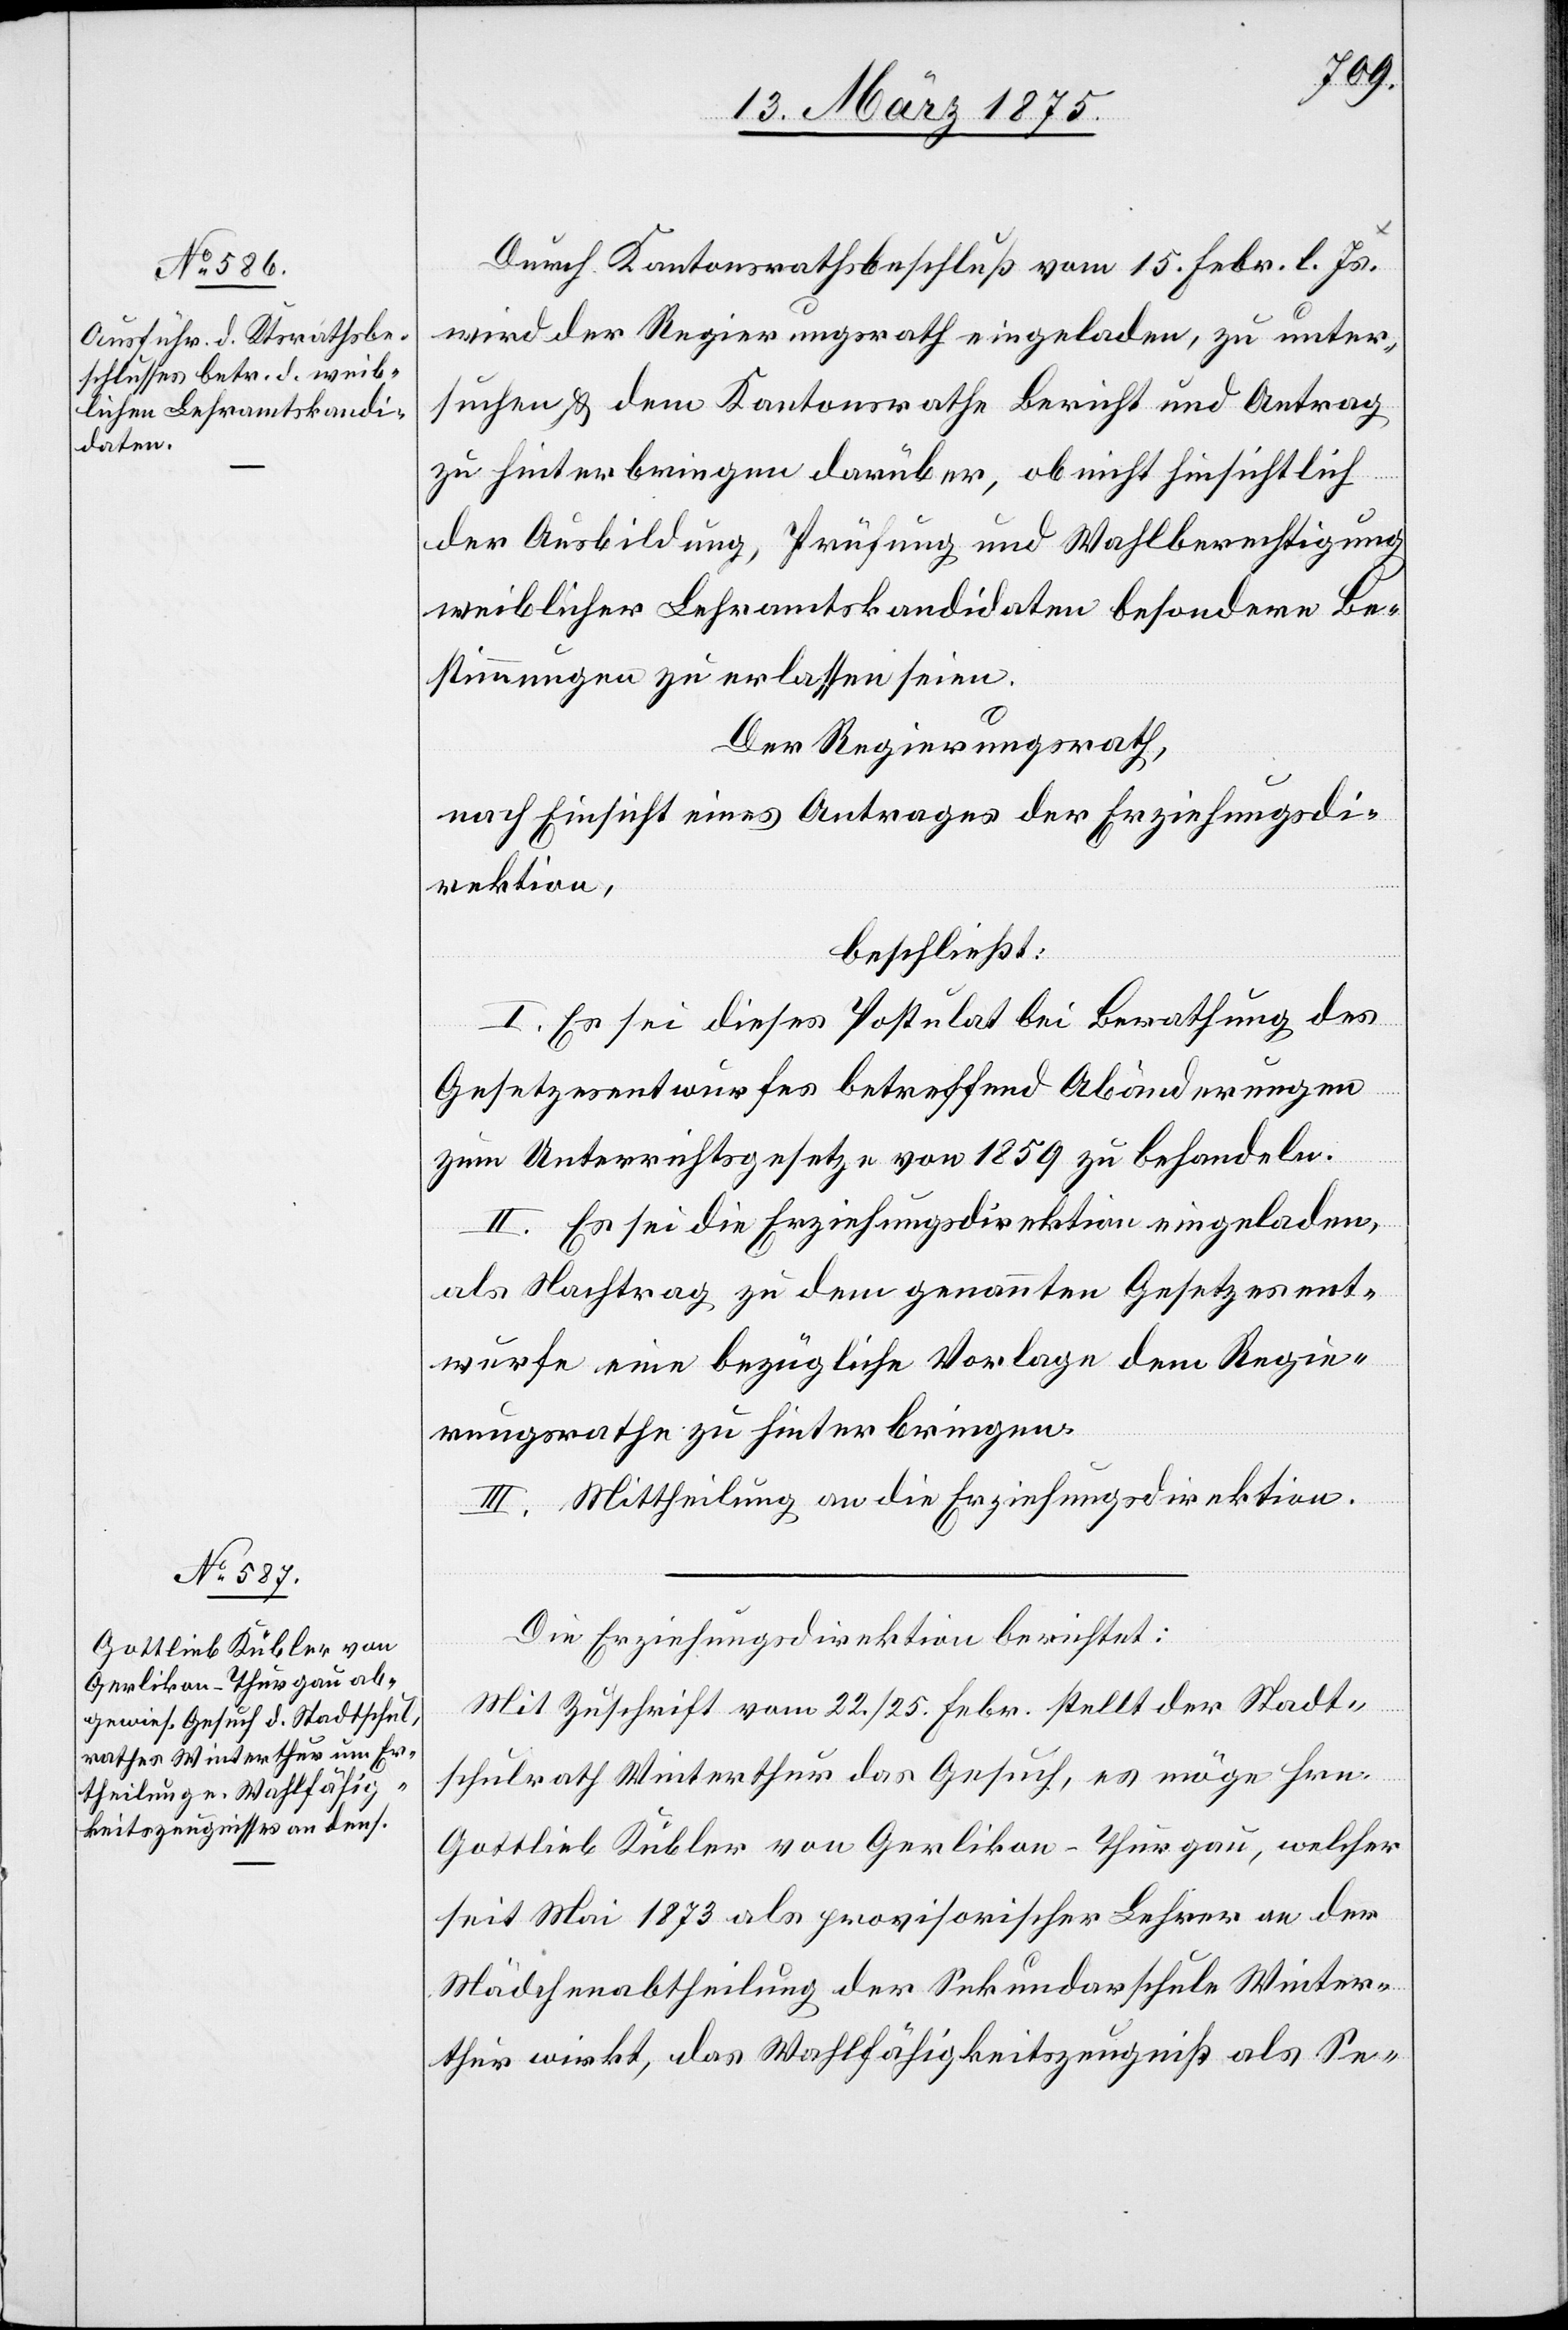
Durch den Kantonsrathsbeschluß vom 15. Febr. l. Js.
wird der Regierungsrath eingeladen, zu unter¬
suchen & dem Kantonsrathe Bericht und Antrag
zu hinterbringen darüber, ob nicht hinsichtlich
der Ausbildung, Prüfung und Wahlberechtigung
weiblicher Lehramtskandidaten besondere Be¬
stimmungen zu erlassen seien.
Der Regierungsrath,
nach Einsicht eines Antrages der Erziehungsdi¬
rektion,
beschließt:
I. Es sei dieses Postulat bei Berathung des
Gesetzesentwurfes betreffend Abänderungen
zum Unterrichtsgesetze von 1859 zu behandeln.
II. Es sei die Erziehungsdirektion eingeladen,
als Nachtrag zu dem genannten Gesetzesent¬
wurfe eine bezügliche Vorlage dem Regie¬
rungsrathe zu hinterbringen.
III. Mittheilung an die Erziehungsdirektion.
Die Erziehungsdirektion berichtet:
Mit Zuschrift vom 22./25. Febr. stellt der Stadt¬
schulrath Winterthur das Gesuch, es möge Hrn.
Gottlieb Kübler von Gerlikon – Thurgau, welcher
seit Mai 1873 als provisorischer Lehrer an der
Mädchenabtheilung der Sekundarschule Winter¬
thur wirkt, das Wahlfähigkeitszeugniß als Se-